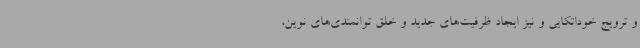
و ترویج خوداتکایی و نیز ایجاد ظرفیت‌های جدید و خلق توانمندی‌های نوین،